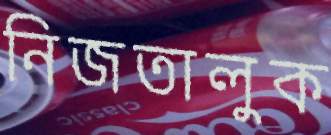
নিজতালুক